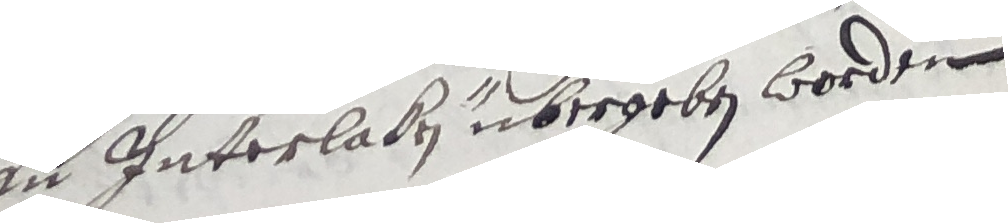
an inverlaben übergeben worden.